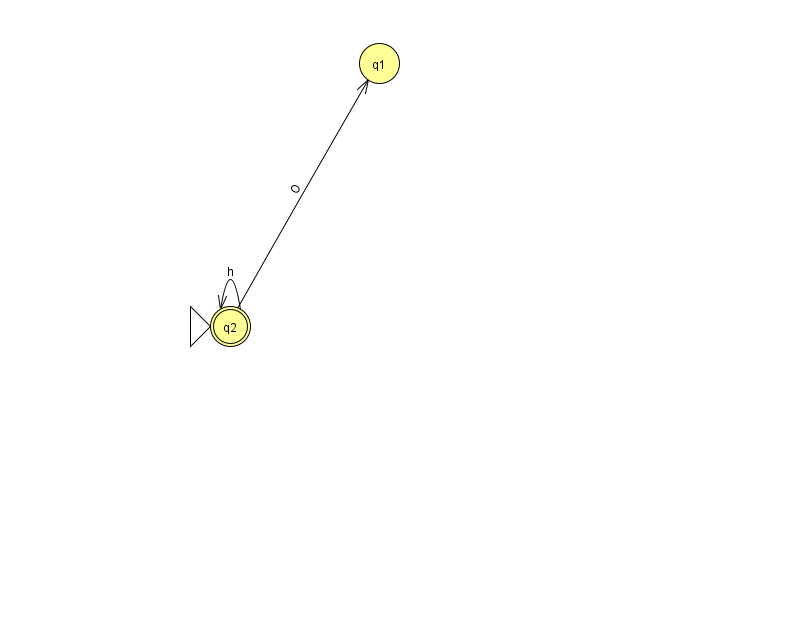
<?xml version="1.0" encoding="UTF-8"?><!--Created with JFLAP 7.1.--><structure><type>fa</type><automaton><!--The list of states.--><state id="1" name="q1"><x>379.0</x><y>50.0</y></state><state id="2" name="q2"><x>230.0</x><y>313.0</y><initial/><final/></state><!--The list of transitions.--><transition><from>2</from><to>1</to><read>O</read></transition><transition><from>2</from><to>2</to><read>h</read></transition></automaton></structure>